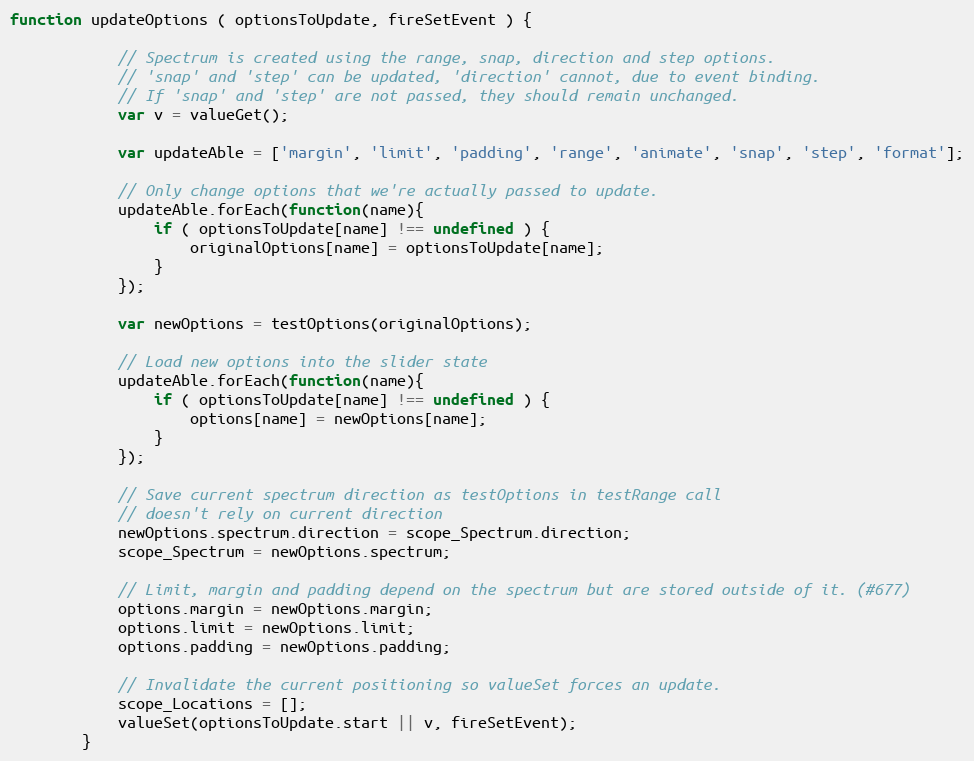
Language: JavaScript
function updateOptions ( optionsToUpdate, fireSetEvent ) {

            // Spectrum is created using the range, snap, direction and step options.
            // 'snap' and 'step' can be updated, 'direction' cannot, due to event binding.
            // If 'snap' and 'step' are not passed, they should remain unchanged.
            var v = valueGet();

            var updateAble = ['margin', 'limit', 'padding', 'range', 'animate', 'snap', 'step', 'format'];

            // Only change options that we're actually passed to update.
            updateAble.forEach(function(name){
                if ( optionsToUpdate[name] !== undefined ) {
                    originalOptions[name] = optionsToUpdate[name];
                }
            });

            var newOptions = testOptions(originalOptions);

            // Load new options into the slider state
            updateAble.forEach(function(name){
                if ( optionsToUpdate[name] !== undefined ) {
                    options[name] = newOptions[name];
                }
            });

            // Save current spectrum direction as testOptions in testRange call
            // doesn't rely on current direction
            newOptions.spectrum.direction = scope_Spectrum.direction;
            scope_Spectrum = newOptions.spectrum;

            // Limit, margin and padding depend on the spectrum but are stored outside of it. (#677)
            options.margin = newOptions.margin;
            options.limit = newOptions.limit;
            options.padding = newOptions.padding;

            // Invalidate the current positioning so valueSet forces an update.
            scope_Locations = [];
            valueSet(optionsToUpdate.start || v, fireSetEvent);
        }